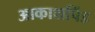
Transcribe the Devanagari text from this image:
आकाशपिंड